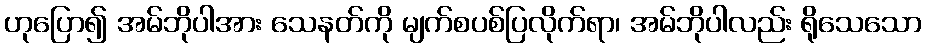
ဟုပြော၍ အမ်ဘိုပါအား သေနတ်ကို မျက်စပစ်ပြလိုက်ရာ၊ အမ်ဘိုပါလည်း ရိုသေသော